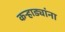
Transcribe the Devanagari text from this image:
कऱ्हाड्यांना